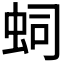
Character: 𧉠